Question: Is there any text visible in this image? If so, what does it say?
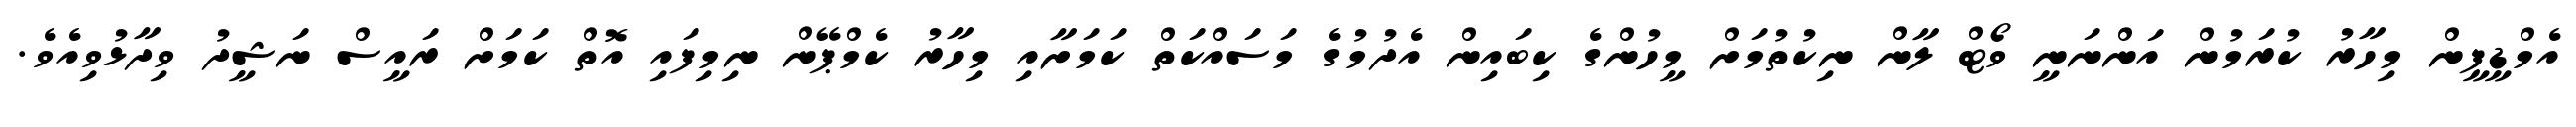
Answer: އެމްޑީޕީން މިހާރު ކުރަމުން އަންނަނީ ވޯޓް ލާން ނިކުތުމަށް މީހުންގެ ކިބައިން އެދުމުގެ މަސައްކަތް ކަމަށާއި މިހާރު ކެމްޕޭން ނިމިފައި އޮތް ކަމަށް ރައީސް ނަޝީދު ވިދާޅުވިއެވެ.